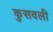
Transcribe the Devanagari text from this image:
कुसवली